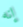
إنه